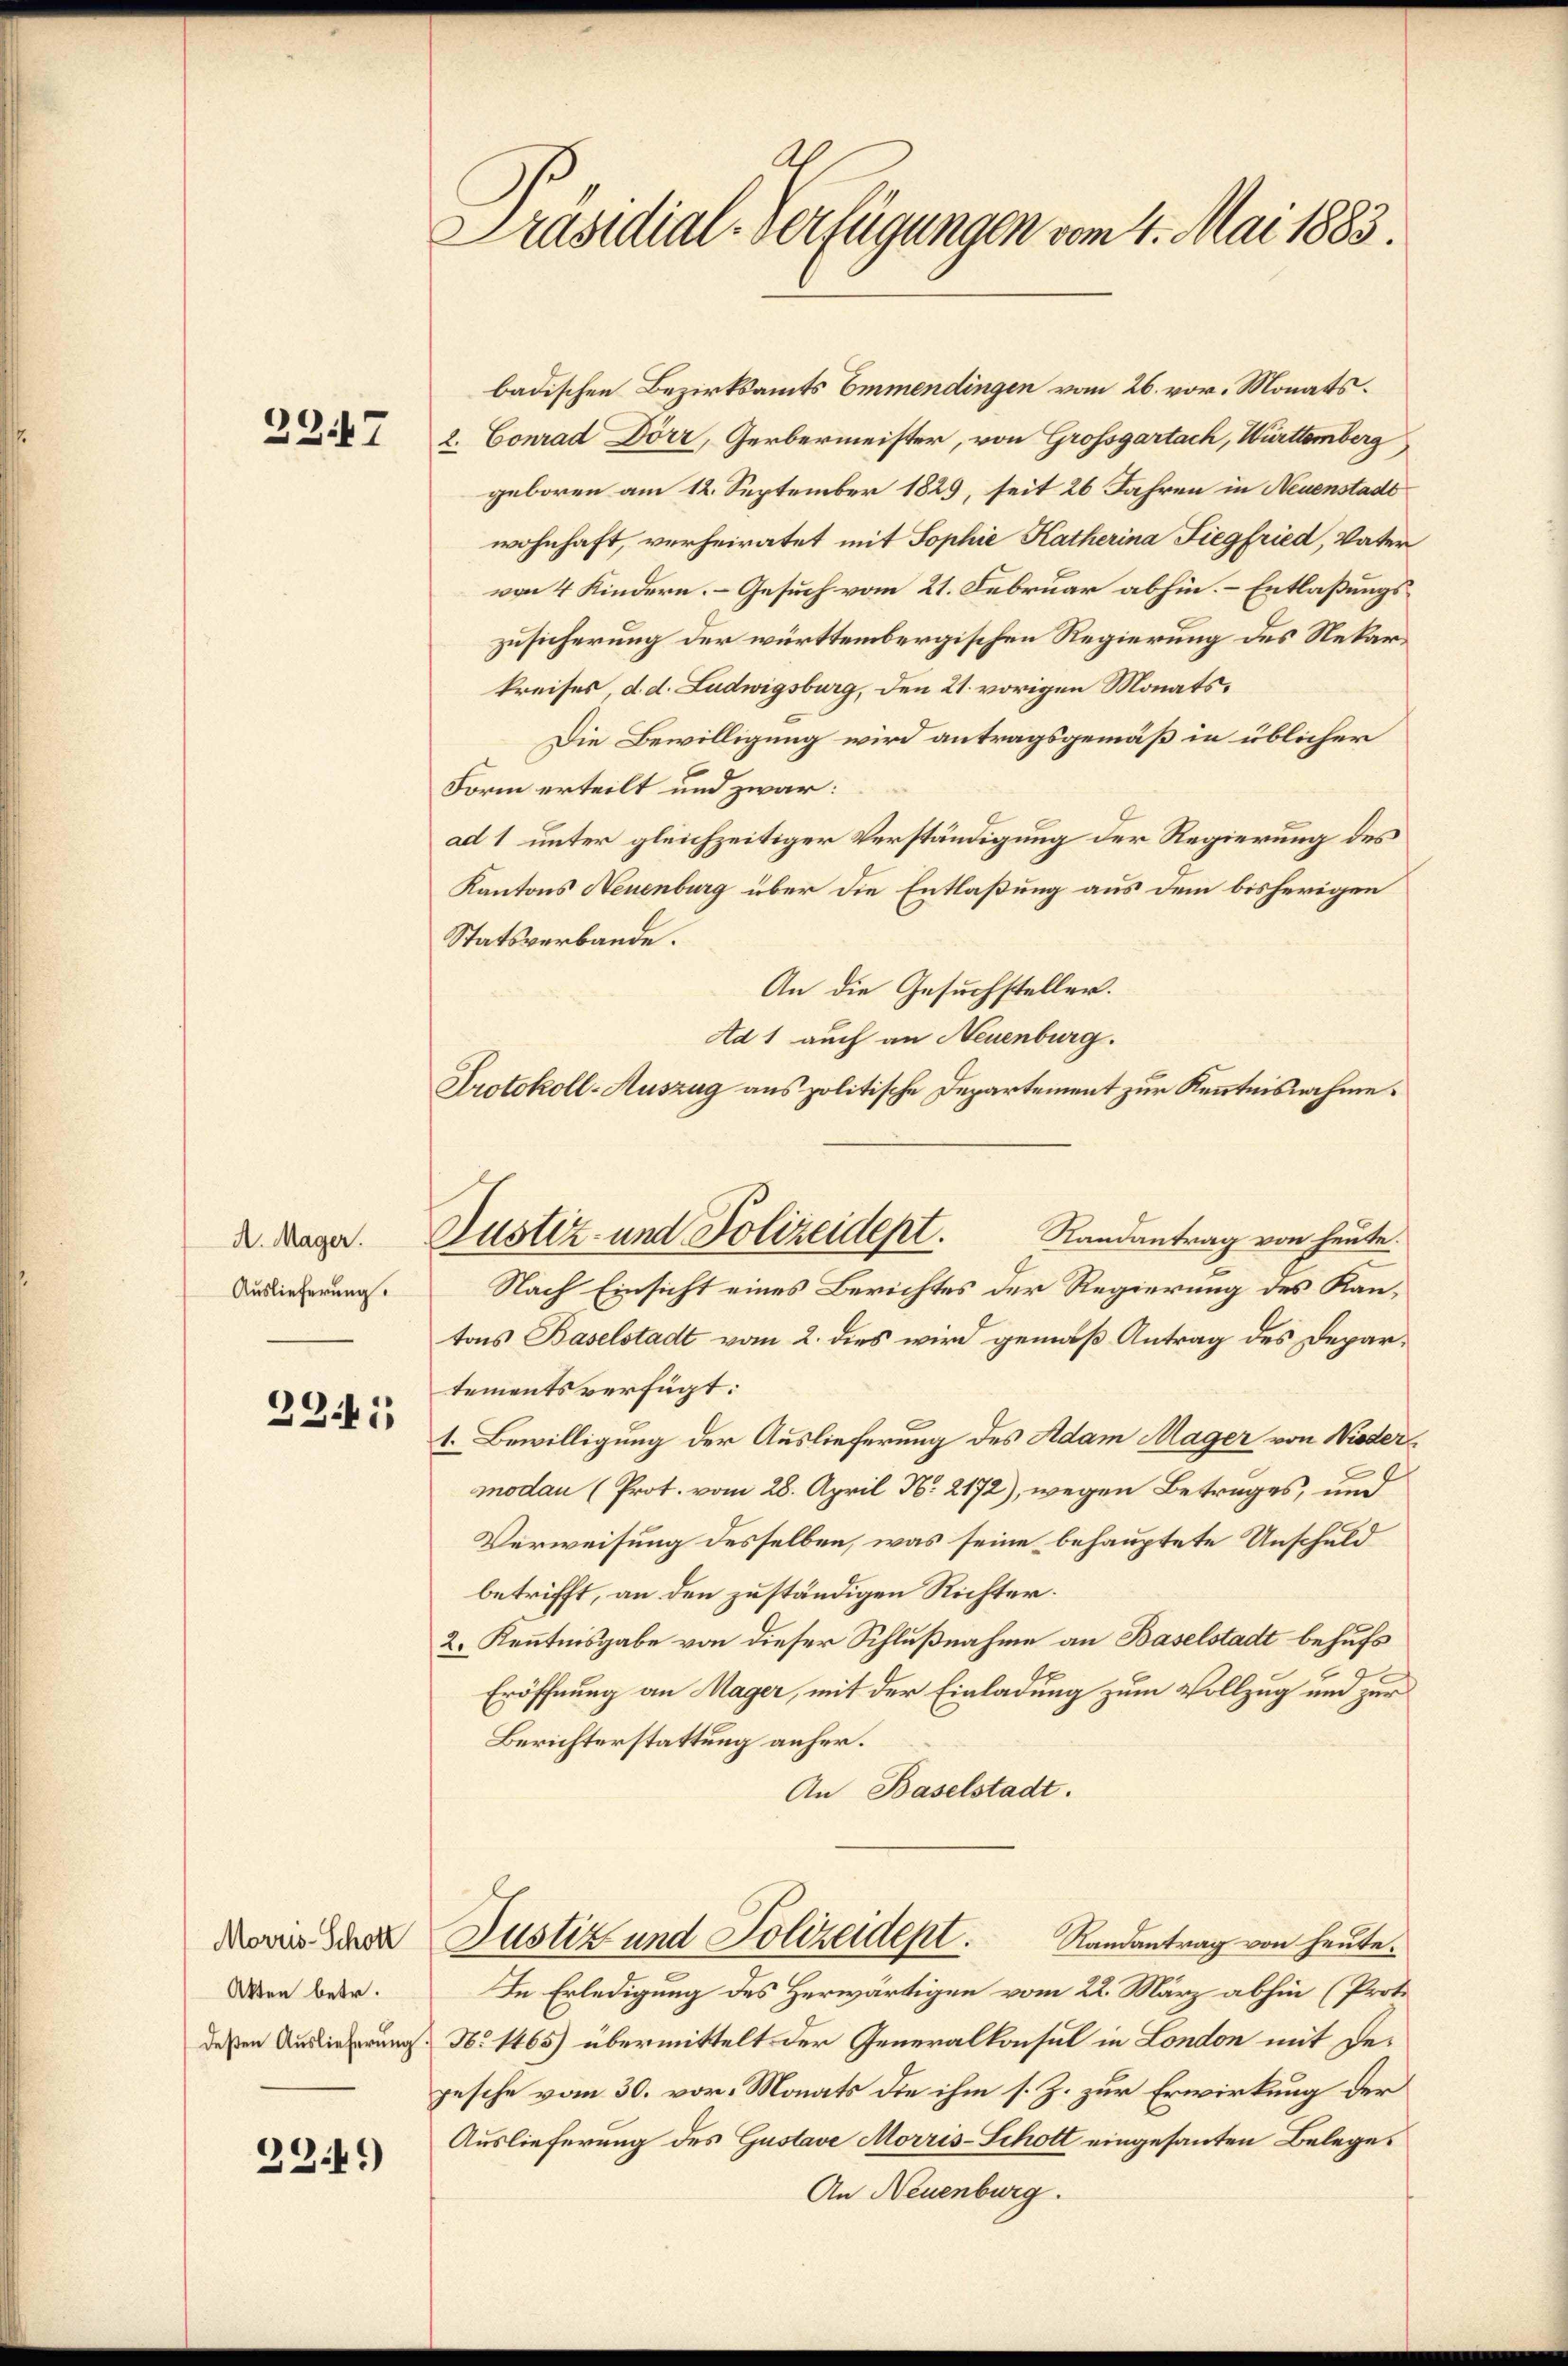
2247

A. Mager.
Auslieferung.

234

Morris-Schott
Akten betr.
deßen Auslieferung

39.41)

A
Präsidial-Verfügungen vom 4. Mai 1883.

Justiz- und Polizeidept.

badischen Bezirksamts Emmendingen vom 26. vor. Monats¬
2. Conrad Dörr, Gerbermeister, von Grossgartach, Württemberg
geboren am 12. September 1829, seit 26 Jahren in Neuenstadt
wohnhaft, verheiratet mit Sophie Katherina Siegfried, Vater
von 4 Kindern. Gesuch vom 21. Februar abhin. – Entlaßungszusicherung der württembergischen Regierung des Rekarkreises, d. d. Ludwigsburg, den 21. vorigen Monats¬
Die Bewilligung wird antragsgemäß in üblicher
Form erteilt und zwar:
ad 1 unter gleichzeitiger Verständigung der Regierung des
Kantons Neuenburg über die Entlaßung aus dem bisherigen
Statsverbande.
An die Gesuchsteller.
Ad 1 auch an Neuenburg.
Protokoll-Auszug aus politische Departement zur Kenntnisnahme.
Randantrag von heute.
Nach Einsicht eines Berichtes der Regierung des Kantons Baselstadt vom 2. dies wird gemäß Antrag des Departements verfügt:
1. Bewilligung der Auslieferung des Adam Mager von Niedermodau (Prot. vom 28. April N. 2172), wegen Betrages, und
Verweisung desselben, was seine behauptete Unschuld
betrifft, an den zuständigen Richter.
2. Kenntnisgabe von dieser Schlußnahme an Baselstadt behufs
Eröffnung an Mager, mit der Einladung zum Vollzug und zur
Berichterstattung anher.
An Baselstadt.
Justiz und Polizeidept. Randantrag von heute.
In Erledigung des Herwärtigen vom 22. März abhin (Proto
No 1465) übermittelt der Generalkonsul in London mit Depesche vom 30. vor. Monats die ihm s. Z. zur Erwirkung der
Auslieferung des Gustave Morris-Schott eingesanten Beleges
An Neuenburg.